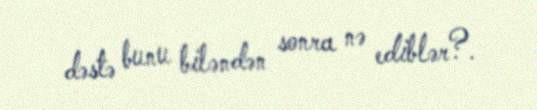
dəstə bunu biləndən sonra nə ediblər?.